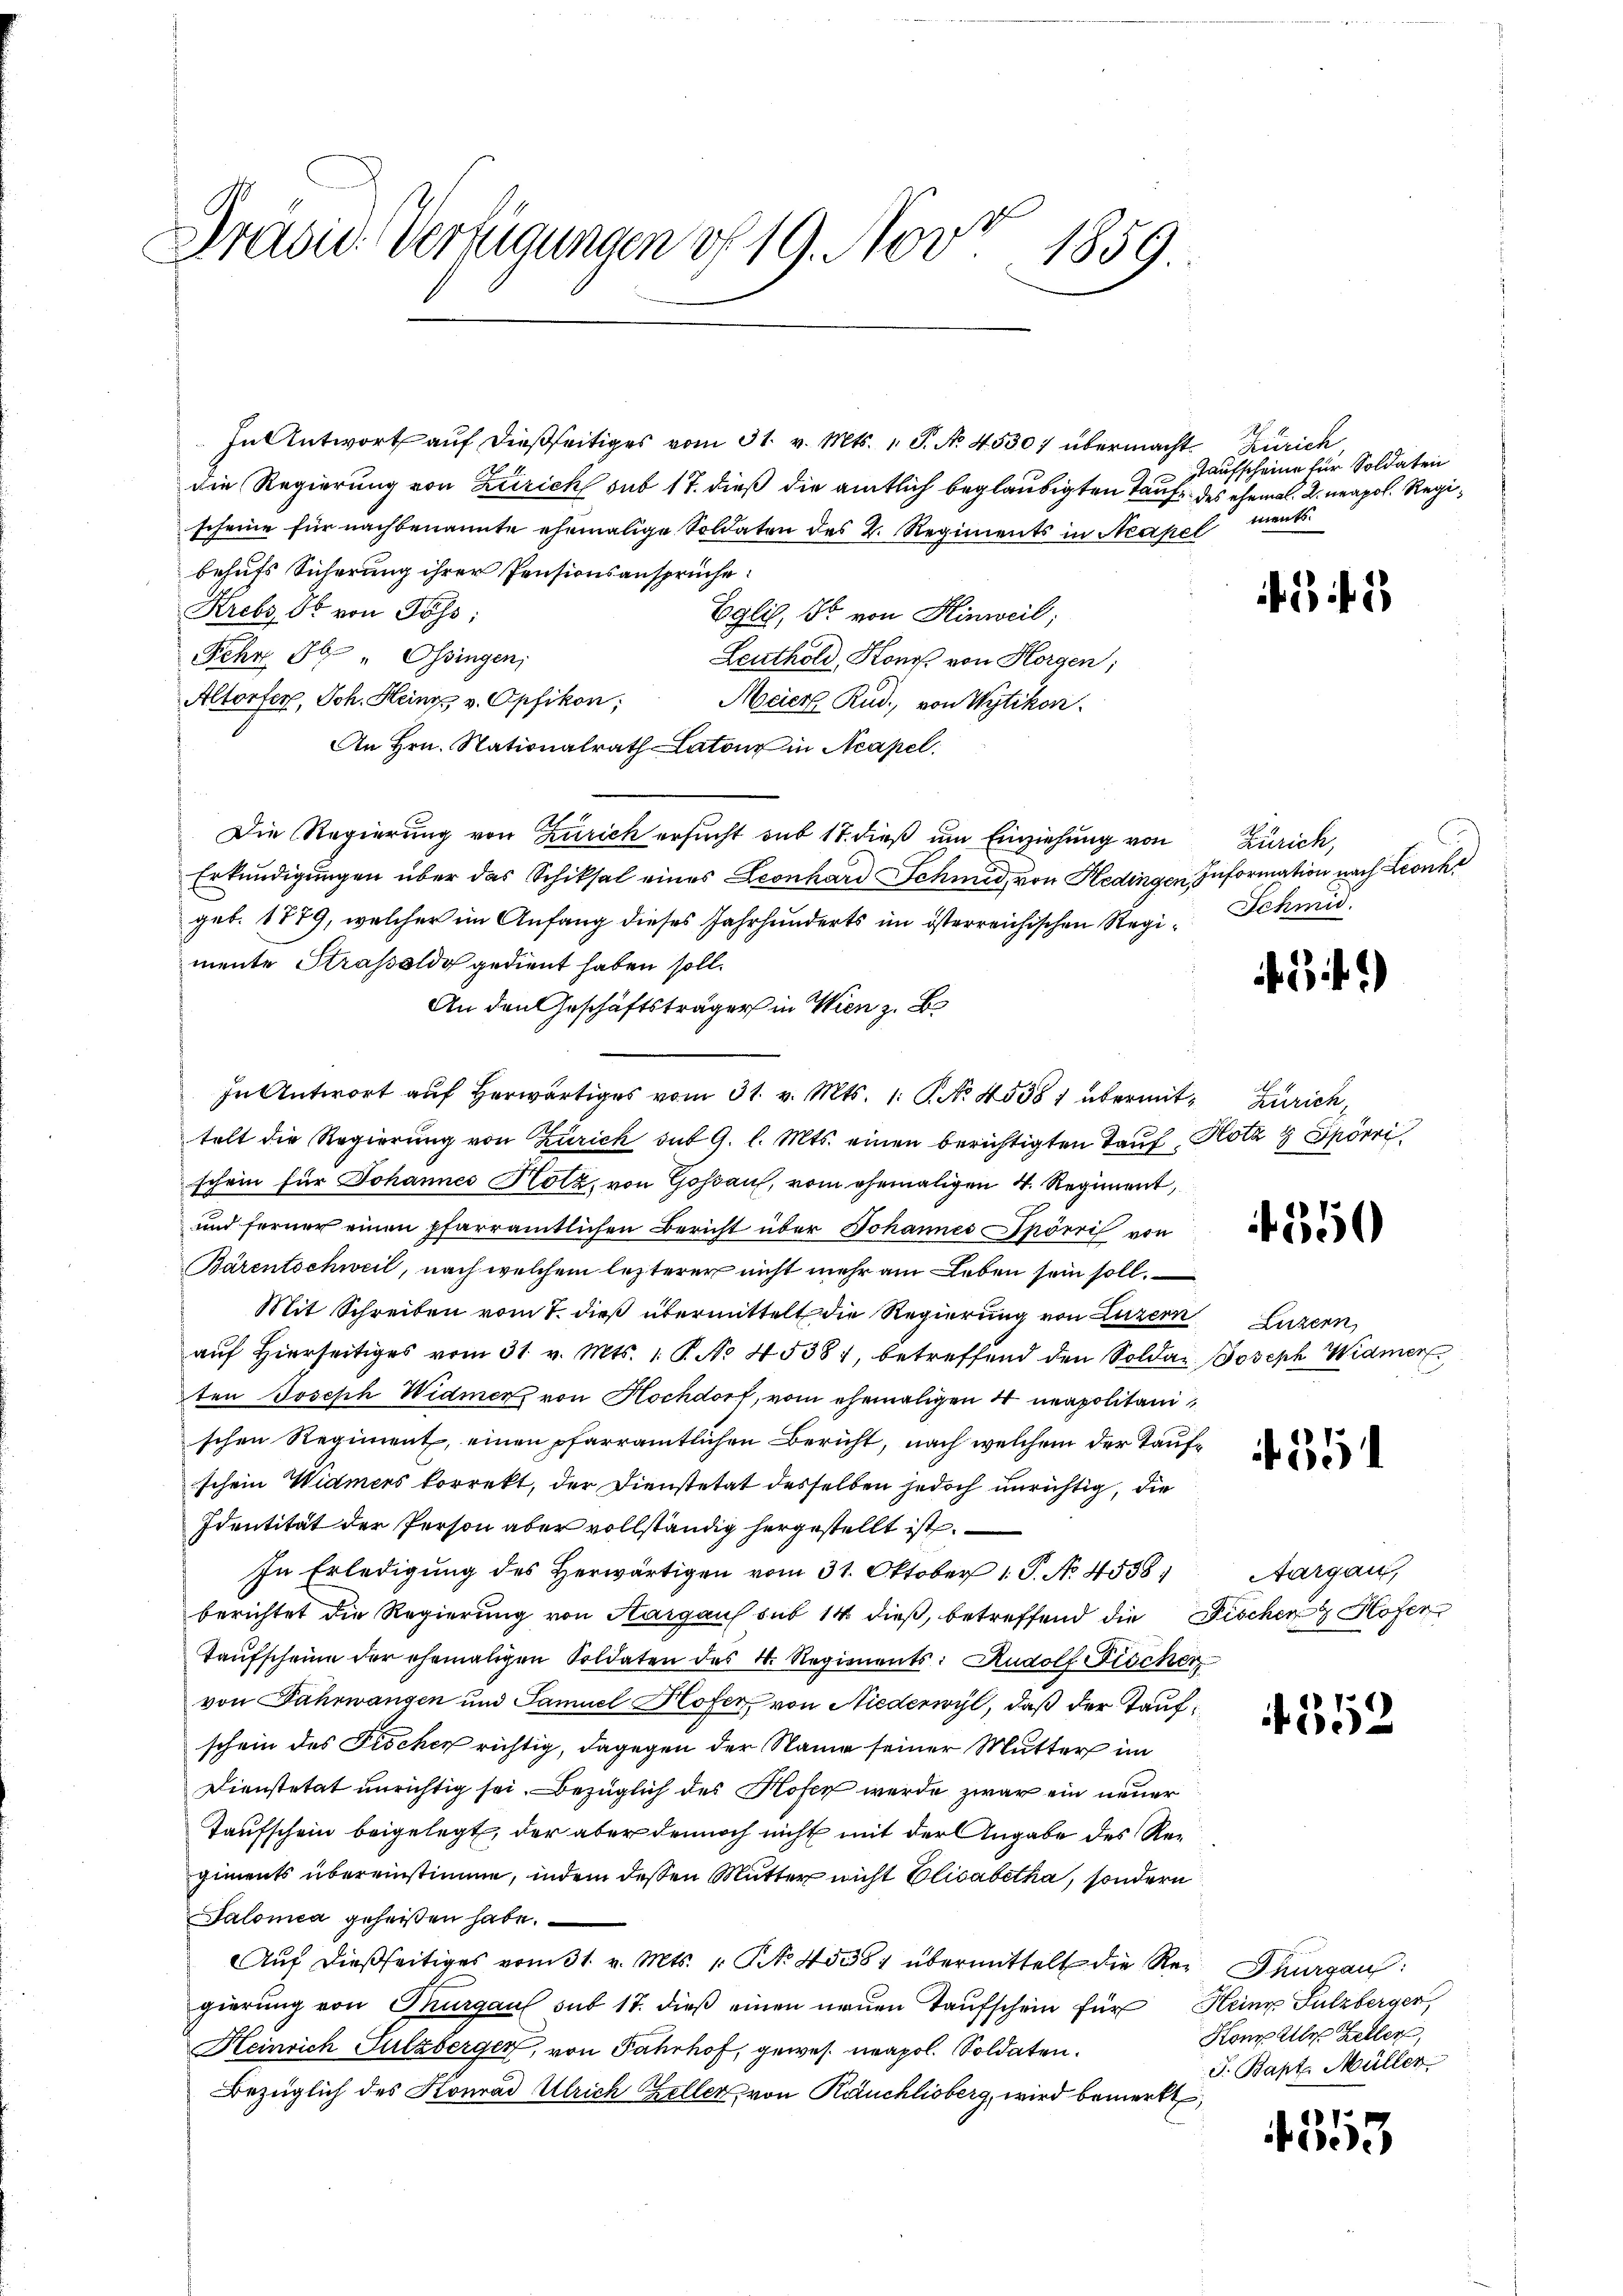
Präsid. Verfügungen u 19. Nov. 1859.

In Antwort auf dießseitiges vom 31. v. Mts. 1 S. No. 45307 übermacht Zürich,
die Regierung von Zürich sub 17. dieß die amtlich beglaubigten Taufe des ehemal. 2 neapol. Regischeine für nachbenannte ehemalige Soldaten des 2. Regiments in Neapel
behufs Sicherung ihrer Pensionsansprüche
Krebs, Ob von Poss:
Eglis, so von Hinweil;
Fehr 8 " Ossingen;
Leuthold, Konos von Horgen;
Altorfer, Joh. Heinr. v. Opfikon, Meier Rud. von Wytikon.
An Hrn. Nationalrath Latone in Acapel
Die Regierung von Zürich ersucht sub 17. dieß um Einziehung von
Erkŭndigŭngen über das Schiksal eines Leonhard Schmid, von Hedingen Information nach Leonh
geb. 1779, welcher im Anfang dieses Jahrhunderts im österreichischen Regi-Schmid.
mente Strasseldo gedient haben soll.
An den Geschäftsträger in Wien z. B.
In Antwort auf herwärtiges vom 31. v. Mts. 1. No. 45581 übermit Zürich,
telt die Regierung von Zürich mit 9. l. Mts. einen berichtigten Tauf, Hotz & Spörri
schein für Johannes Hotz, von Goßau, vom ehemaligen 4. Regiment,
und ferner einen pfarramtlichen Bericht über Johannes Spörri von
Bärentschweil, nach welchem lezterer nicht mehr am Leben sein soll.
Mit Schreiben vom 7. dieß übermittelt die Regierung von Luzern Luzern,
aŭf hierseitiges vom 31. v. Mts. 1. P. No 45381, betreffend den Soldar Joseph Widmer
ten Joseph Widmer von Hochdorf, vom ehemaligen 4 neapolitanischen Regiment, einen pfarramtlichen Bericht, nach welchem der Taufschein Widmers korrekt, der Dienstetat desselben jedoch unrichtig, die
Identität der Person aber vollständig hergestellt ist.
In Erledigung des Herwärtigen vom 31. Oktober 1. P. No. 4558;
berichtet die Regierung von Aargaus sub 14 dieß, betreffend die Fischen Hofer
Taŭfscheine der ehemaligen Soldaten des 4. Regienents: Rudolf Fischer
von Fahrwangen und Samuel Hofer, von Niederwyl, daß der Taufschein des Fischer richtig, dagegen der Name seiner Mutter im
Dienstetat unrichtig sei. Bezüglich des Hosen werde zwar ein neuer
Taufschein beigelegt, der aber dennoch nicht mit der Angabe des Regiments übereinstimme, indem dessen Mutter nicht Elisabetha, sondern
Salomea geheißen habe.
Auf dießseitiges vom 31. v. Mts. 1. No. 45084 übermittelt die Rei Tiergau:
gierung von Thurgau sub 17. dieß einen neuen Taufschein für Heine Sulzberger,
Heinrich, Sulzberger, von Fahrhof, gewes. neapol. Soldaten.
Bezüglich des Konrad Ulrich Zeller von Räuchlisberg, wird bemerkt,

Taufscheine für Soldaten
ment.

2

Zürich,

31)

350

551.

Aargau,

1352

Hon Aller Zeller,
J. Bapt. Müller

7
03